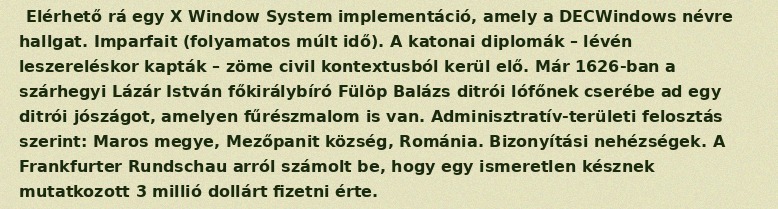
Elérhető rá egy X Window System implementáció, amely a DECWindows névre hallgat. Imparfait (folyamatos múlt idő). A katonai diplomák – lévén leszereléskor kapták – zöme civil kontextusból kerül elő. Már 1626-ban a szárhegyi Lázár István főkirálybíró Fülöp Balázs ditrói lófőnek cserébe ad egy ditrói jószágot, amelyen fűrészmalom is van. Adminisztratív-területi felosztás szerint: Maros megye, Mezőpanit község, Románia. Bizonyítási nehézségek. A Frankfurter Rundschau arról számolt be, hogy egy ismeretlen késznek mutatkozott 3 millió dollárt fizetni érte.